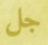
جل